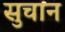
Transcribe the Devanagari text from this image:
सुचान